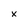
Character: x